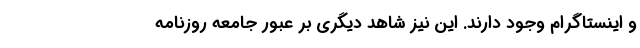
و اینستاگرام وجود دارند. این نیز شاهد دیگری بر عبور جامعه روزنامه